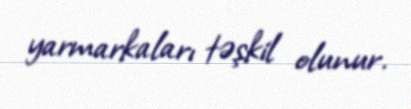
yarmarkaları təşkil olunur.